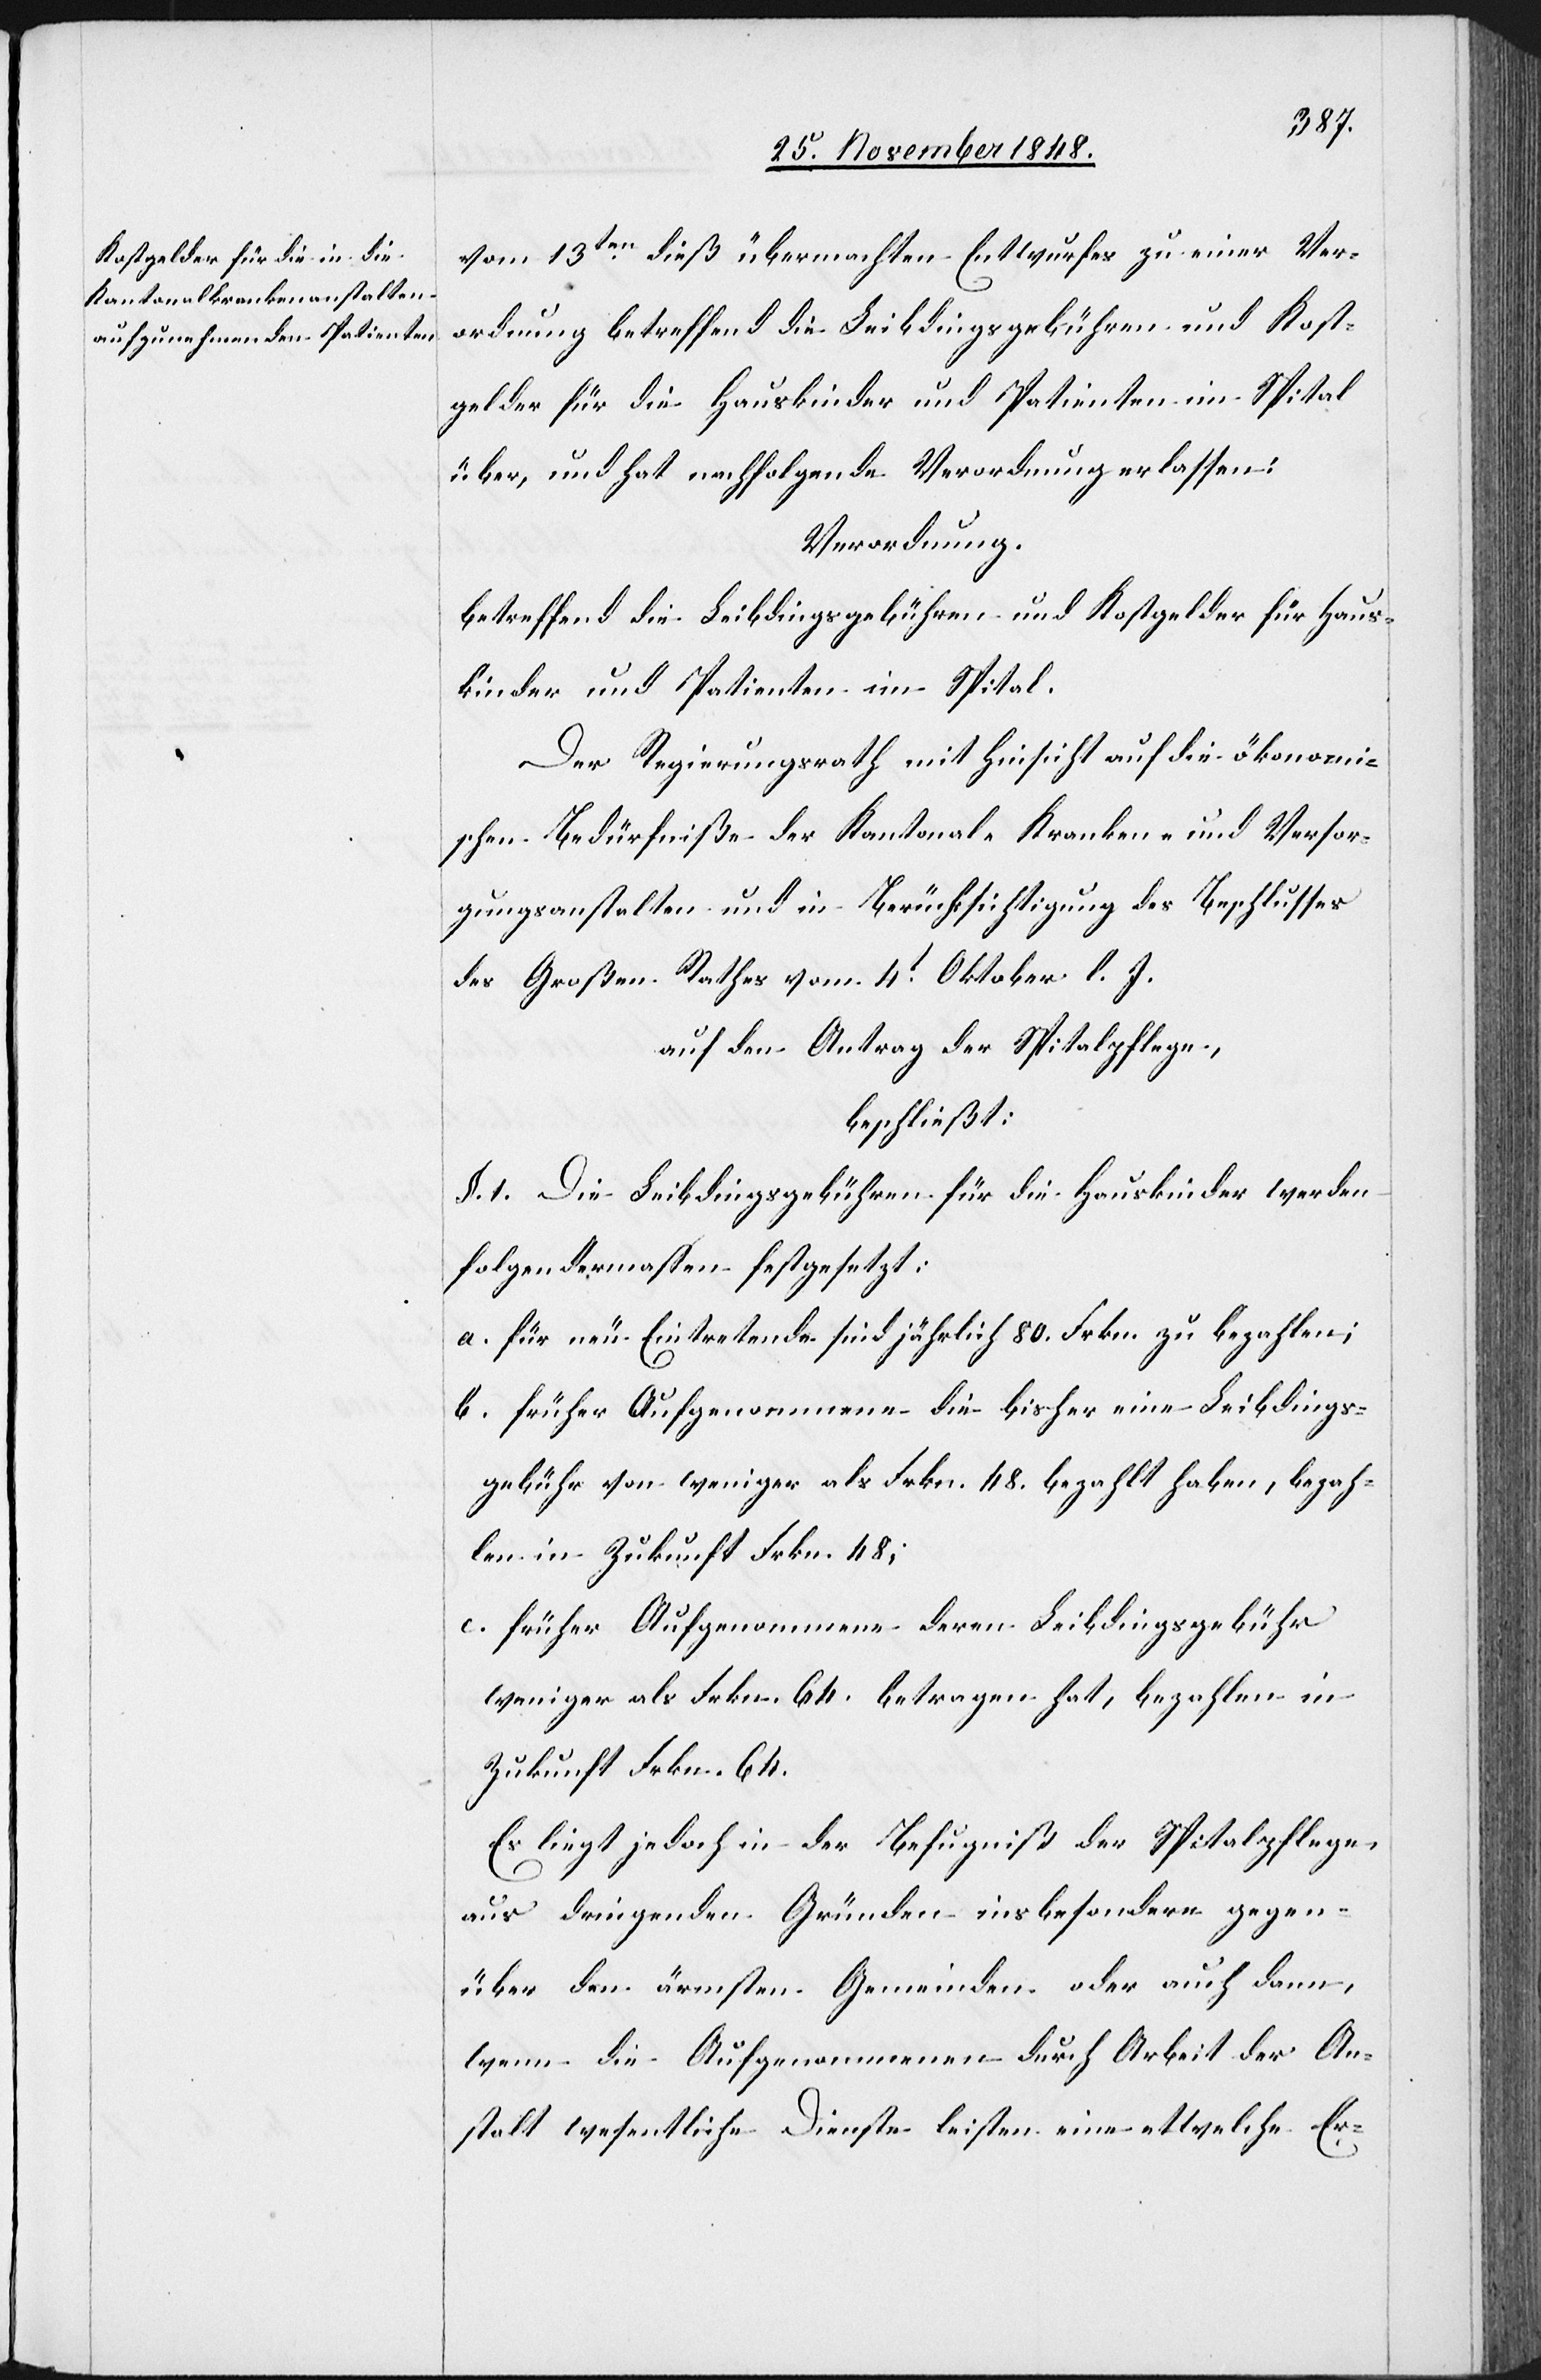
vom 13ten dieß übermachten Entwurfes zu einer Ver¬
ordnung betreffend die Leibdingsgebühren und Kost¬
gelder für die Hauskinder und Patienten im Spital
über, und hat nachfolgende Verordnung erlassen:
Verordnung.
betreffend die Leibdingsgebühren und Kostgelder für Haus¬
kinder und Patienten im Spital.
Der Regierungsrath mit Hinsicht auf die ökonomi¬
schen Bedürfniße der Kantonal-Kranken- und Versor¬
gungsanstalten und in Berücksichtigung des Beschlusses
des Großen Rathes vom 4t Oktober l. J.
auf den Antrag der Spitalpflege,
beschließt:
§. 1. Die Leibdingsgebühren für die Hauskinder werden
folgendermassen festgesetzt:
a. für neu Eintretende sind jährlich 80. Frkn. zu bezahlen;
b. früher Aufgenommene die bisher eine Leibdings¬
gebühr von weniger als Frkn. 48. bezahlt haben, bezah¬
len in Zukunft Frkn. 48;
c. früher Aufgenommene deren Leibdingsgebühr
weniger als Frkn. 64. betragen hat, bezahlen in
Zukunft Frkn. 64.
Es liegt jedoch in der Befugniß der Spitalpflege,
aus dringenden Gründen insbesondere gegen¬
über den ärmsten Gemeinden oder auch dann,
wenn die Aufgenommenen durch Arbeit der An¬
stalt wesentliche Dienste leisten eine etwelche Er-